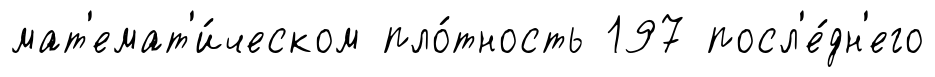
мат'емат'и́ческом пло́тность 197 посл'е́дн'его